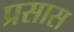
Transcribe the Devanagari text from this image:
प्रसास